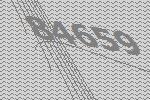
84659